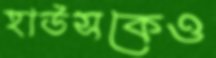
হাউসকেও